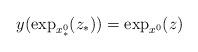
LaTeX: \begin{align*}y(\exp_{x^{0}_*}(z_*)) = \exp_{x^{0}}(z)\end{align*}